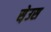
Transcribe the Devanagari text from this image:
स़ेउस